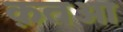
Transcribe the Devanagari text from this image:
क़तआ